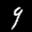
Label: 9